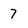
Character: 7